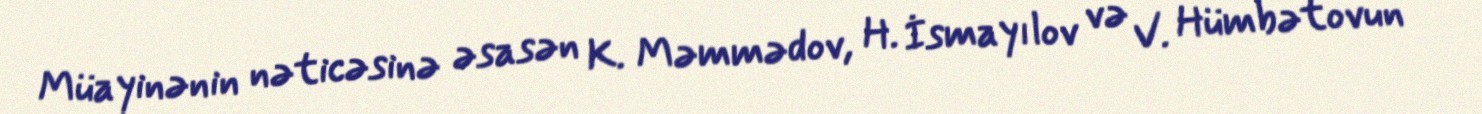
Müayinənin nəticəsinə əsasən K. Məmmədov, H. İsmayılov və V. Hümbətovun